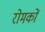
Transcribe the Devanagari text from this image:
रोमकों